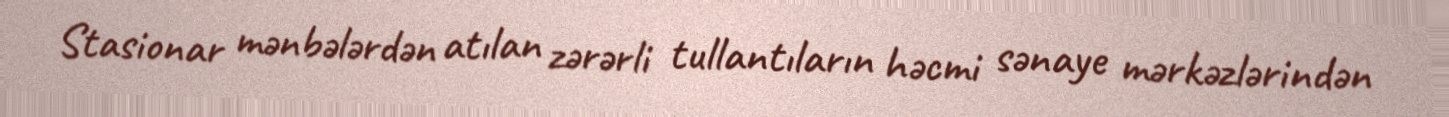
Stasionar mənbələrdən atılan zərərli tullantıların həcmi sənaye mərkəzlərindən